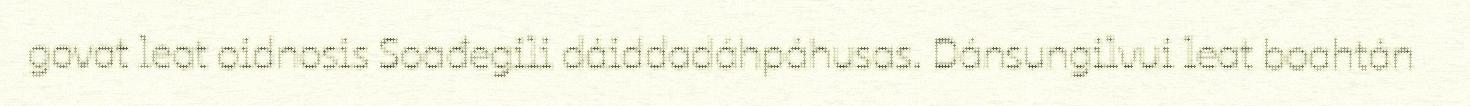
govat leat oidnosis Soađegili dáiddadáhpáhusas. Dánsungilvui leat boahtán